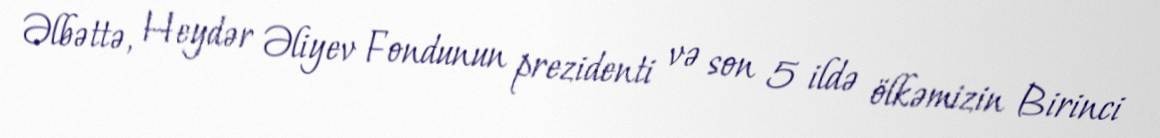
Əlbəttə, Heydər Əliyev Fondunun prezidenti və son 5 ildə ölkəmizin Birinci